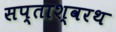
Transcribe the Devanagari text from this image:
सप्ताश्वरथ